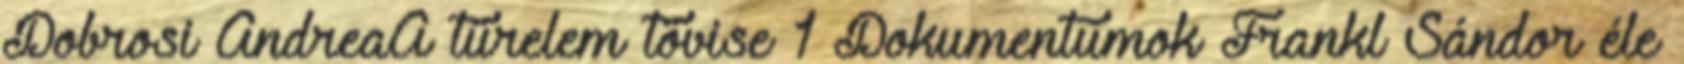
Dobrosi AndreaA türelem tövise 1 Dokumentumok Frankl Sándor éle